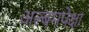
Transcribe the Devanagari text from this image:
अल्बमपेक्षा